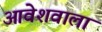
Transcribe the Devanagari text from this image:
आवेशवाला